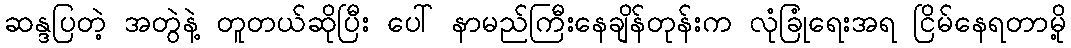
ဆန္ဒပြတဲ့ အတွဲနဲ့ တူတယ်ဆိုပြီး ပေါ် နာမည်ကြီးနေချိန်တုန်းက လုံခြုံရေးအရ ငြိမ်နေရတာမို့